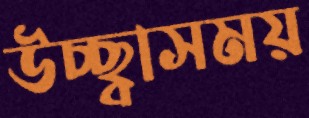
উচ্ছ্বাসময়